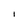
Character: I